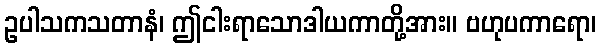
ဥပါသကသတာနံ၊ ဤငါးရာသောဒါယကာတို့အား။ ဗဟုပကာရော၊